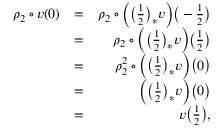
\begin{array} { r l r } { \rho _ { 2 } \circ v ( 0 ) } & { = } & { \rho _ { 2 } \circ \Big ( \big ( \frac { 1 } { 2 } \big ) _ { * } v \Big ) \big ( - \frac { 1 } { 2 } \big ) } \\ & { = } & { \rho _ { 2 } \circ \Big ( \big ( \frac { 1 } { 2 } \big ) _ { * } v \Big ) \big ( \frac { 1 } { 2 } \big ) } \\ & { = } & { \rho _ { 2 } ^ { 2 } \circ \Big ( \big ( \frac { 1 } { 2 } \big ) _ { * } v \Big ) \big ( 0 \big ) } \\ & { = } & { \Big ( \big ( \frac { 1 } { 2 } \big ) _ { * } v \Big ) \big ( 0 \big ) } \\ & { = } & { v \big ( \frac { 1 } { 2 } \big ) , } \end{array}